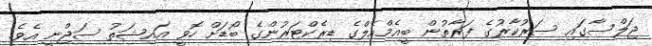
ޖަލްސާގައި ސަރުކާރުގެ ފަރާތުން ބީއެމްއެލްގެ ޑިރެކްޓަރުންގެ ބޯޑަށް ހޮވީ އައިޝަތު ސަޖްނީ އެވެ.